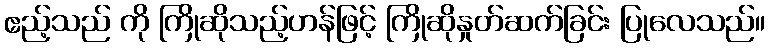
ဧည့်သည် ကို ကြိုဆိုသည့်ဟန်ဖြင့် ကြိုဆိုနှုတ်ဆက်ခြင်း ပြုလေသည်။